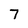
Character: 7